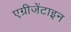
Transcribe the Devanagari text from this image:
एग्रीजेंटाइन